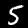
Digit: 5